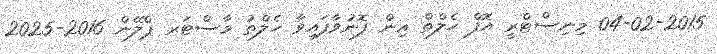
04-02-2015 މިނިސްޓްރީ އޮފް ހެލްތް އިން ފޮނުވާފައިވާ ހެލްތު މާސްޓަރ ޕްލޭން 2016-2025